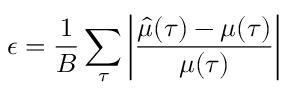
\epsilon = \frac { 1 } { B } \sum _ { \tau } \left| \frac { \hat { \mu } ( \tau ) - \mu ( \tau ) } { \mu ( \tau ) } \right|